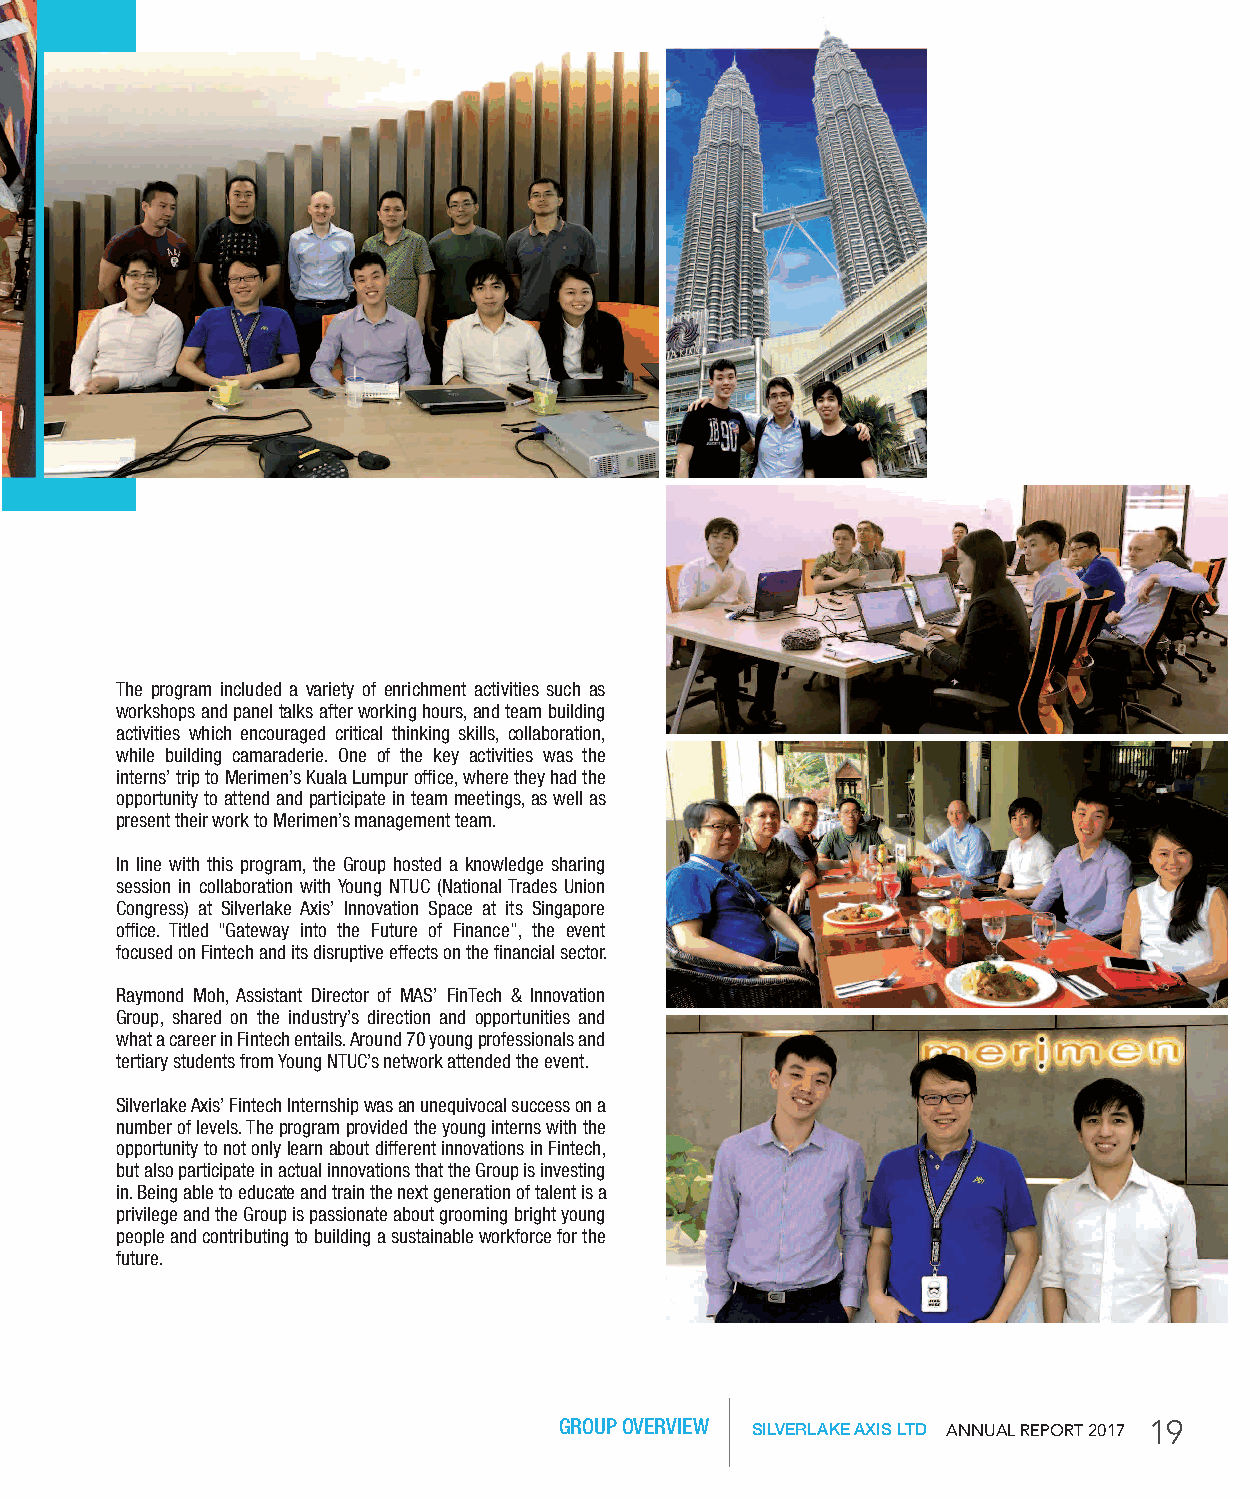
Education
 Knowledge sharing session conducted at our Singapore office
 Silverlake Axis recognises the need to continuously train, deepen Fintech in the country through the participation of tertiary students The program included a variety of enrichment activities such as
 the knowledge and upskill its workforce to meet the needs of the from local institutions. The Group worked with Glints, a company workshops and panel talks after working hours, and team building
 fast-moving digital environment. Throughout the year, employees that specialises in early career recruitment, to leverage on their activities which encouraged critical thinking skills, collaboration,
 of Silverlake Axis enrol in a variety of training programs to enhance ability to reach the right talent. After screening more than 200 while building camaraderie. One of the key activities was the
 their capabilities with breadth and depth, including technical skills applications and interviewing candidates over several months, interns’ trip to Merimen’s Kuala Lumpur office, where they had the
 courses, certifications and management programs. Employees tertiary students were successfully selected from the National opportunity to attend and participate in team meetings, as well as
 also are encouraged to enrol in enrichment courses such as University of Singapore and Singapore Management University. present their work to Merimen’s management team.
 presentation skills and public speaking workshops to develop them The first batch for this internship program comprise up to 10
 further in their learning journeys. interns, to be placed in different projects. For a term of 10 weeks, In line with this program, the Group hosted a knowledge sharing
 interns were placed with Merimen, a wholly-owned subsidiary of session in collaboration with Young NTUC (National Trades Union
 In addition to our workforce’s skills training and capabilities the Company that delivers cloud based Software-as-a-Service Congress) at Silverlake Axis’ Innovation Space at its Singapore
 building initiatives, Silverlake Axis also partnered with Monetary (SaaS) insurance solution. Their roles were designed to be office. Titled “Gateway into the Future of Finance”, the event
 Authority of Singapore (MAS)-backed “PolyFinTech 100” to challenging and diverse, which revolved around researching the focused on Fintech and its disruptive effects on the financial sector.
 kick-start Singapore's First FinTech Internship Program. This impact of autonomous cars on insurance and building models of a
 program was conceptualised as part of MAS’ push to strengthen fraud-detection system. Raymond Moh, Assistant Director of MAS’ FinTech & Innovation
 Group, shared on the industry’s direction and opportunities and
 what a career in Fintech entails. Around 70 young professionals and
 tertiary students from Young NTUC’s network attended the event.
 Silverlake Axis’ Fintech Internship was an unequivocal success on a
 number of levels. The program provided the young interns with the
 opportunity to not only learn about different innovations in Fintech,
 but also participate in actual innovations that the Group is investing
 in. Being able to educate and train the next generation of talent is a
 privilege and the Group is passionate about grooming bright young
 people and contributing to building a sustainable workforce for the
 future.
 Our newly recruited interns
 GROUP OVERVIEW SILVERLAKE AXIS LTD AnnuAl RepoRt 2017 19